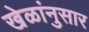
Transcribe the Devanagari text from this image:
खेळांनुसार